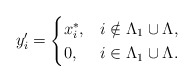
\begin{align*}y'_i=\begin{cases} x_i^*, & i\notin\Lambda_1\cup\Lambda,\\ 0, & i\in\Lambda_1\cup\Lambda.\end{cases}\end{align*}